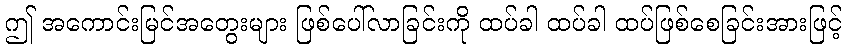
ဤ အကောင်းမြင်အတွေးများ ဖြစ်ပေါ်လာခြင်းကို ထပ်ခါ ထပ်ခါ ထပ်ဖြစ်စေခြင်းအားဖြင့်